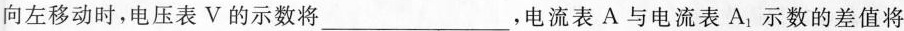
向左移动时，电压表V的示数将___,电流表A与电流表A1示数的差值将